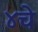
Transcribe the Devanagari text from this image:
४चे